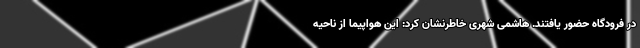
در فرودگاه حضور یافتند. هاشمی شهری خاطرنشان کرد: این هواپیما از ناحیه